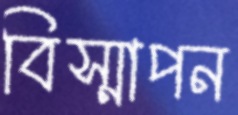
বিস্মাপন